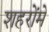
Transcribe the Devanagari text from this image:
शहरोंमें